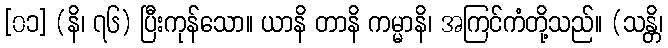
[၀၁] (နိ၊ ၇၆) ပြီးကုန်သော။ ယာနိ တာနိ ကမ္မာနိ၊ အကြင်ကံတို့သည်။ (သန္တိ၊